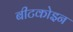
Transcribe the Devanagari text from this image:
बीटकोइन